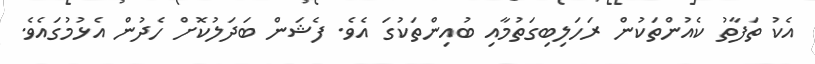
އެކު ތަފާތު ކެއުންތަކުން ރަހަލިބިގަތުމާއި ބުއިންތަކުގަ އެވެ. ފެޝަން ބަދަލުކޮށް ހެދުން އެޅުމުގައެވެ.